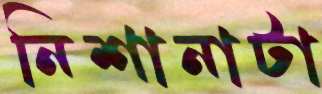
নিশানাটা